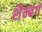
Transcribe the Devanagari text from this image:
शैन्बर्ग